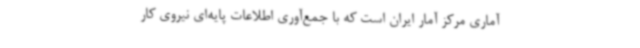
آماری مرکز آمار ایران است که با جمع‌آوری اطلاعات پایه‌ای نیروی‌ کار